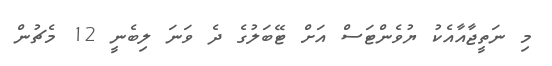
މި ނަތީޖާއާއެކު ޔުވެންޓަސް އަށް ޓޭބަލުގެ ދެ ވަނަ ލިބެނީ 12 މެޗުން